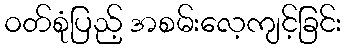
ဝတ်စုံပြည့် အစမ်းလေ့ကျင့်ခြင်း